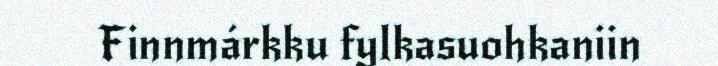
Finnmárkku fylkasuohkaniin